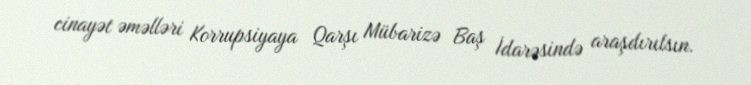
cinayət əməlləri Korrupsiyaya Qarşı Mübarizə Baş İdarəsində araşdırılsın.